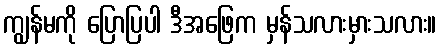
ကျွန်မကို ပြောပြပါ ဒီအဖြေက မှန်သလားမှားသလား။